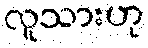
လူသားဟု